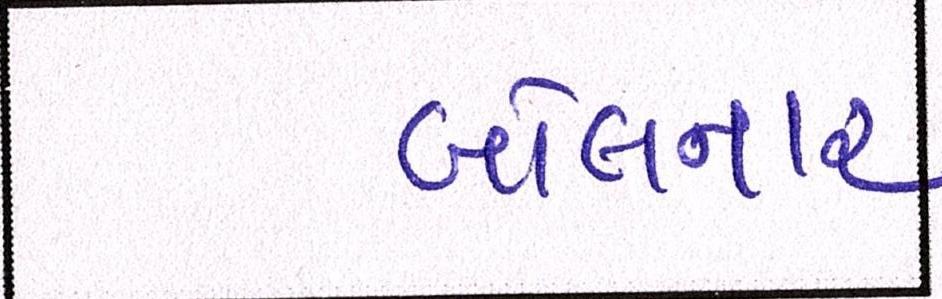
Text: બોલનાર